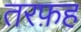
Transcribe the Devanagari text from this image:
तरफ़ह